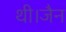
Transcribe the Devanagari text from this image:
थी।जैन